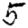
Digit: 5